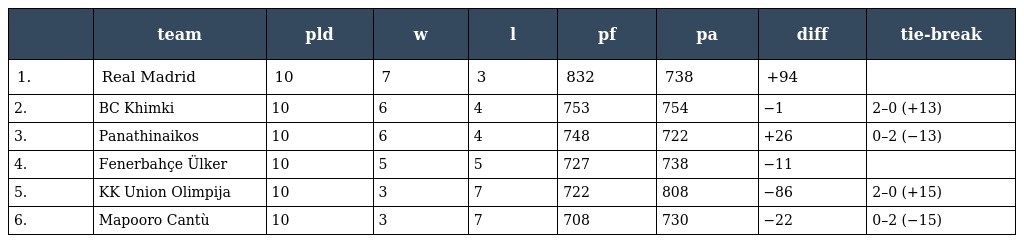
|  | team | pld | w | l | pf | pa | diff | tie-break |
 | --- | --- | --- | --- | --- | --- | --- | --- | --- |
 | 1. | Real Madrid | 10 | 7 | 3 | 832 | 738 | +94 |  |
 | 2. | BC Khimki | 10 | 6 | 4 | 753 | 754 | −1 | 2–0 (+13) |
 | 3. | Panathinaikos | 10 | 6 | 4 | 748 | 722 | +26 | 0–2 (−13) |
 | 4. | Fenerbahçe Ülker | 10 | 5 | 5 | 727 | 738 | −11 |  |
 | 5. | KK Union Olimpija | 10 | 3 | 7 | 722 | 808 | −86 | 2–0 (+15) |
 | 6. | Mapooro Cantù | 10 | 3 | 7 | 708 | 730 | −22 | 0–2 (−15) |